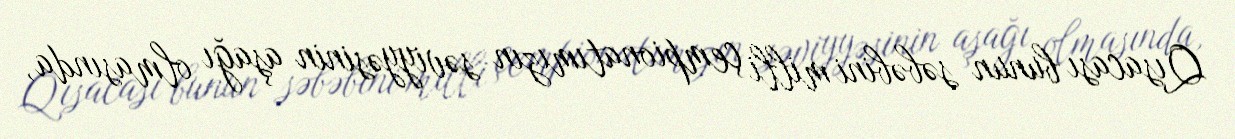
Qısacası bunun səbəbini milli çempionatımızın səviyyəsinin aşağı olmasında,